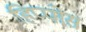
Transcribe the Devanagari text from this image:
हिप्पोस